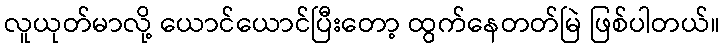
လူယုတ်မာလို့ ယောင်ယောင်ပြီးတော့ ထွက်နေတတ်မြဲ ဖြစ်ပါတယ်။